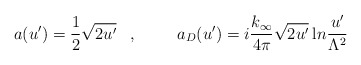
\begin{align*}a(u')= \frac{1}{2} \sqrt{2u'}\;\;\;,\hspace{1cm}a_D(u')=i\frac{k_{\infty}}{4\pi} \sqrt{2u'}\: {\mbox ln}\frac{u'}{\Lambda^2}\end{align*}